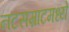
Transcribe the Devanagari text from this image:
नटसम्राटमध्ये